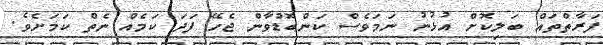
ފަރާތްތައް ބަލިކޮށް އުޅުނު ނަމަވެސް ކަންބޮޑުވާން ޖެހޭ ފަދަ ކަމެއް ނެތް ކަމަށެވެ.